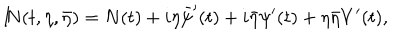
LaTeX: { I \! \! N } ( t , \eta , \bar { \eta } ) = N ( t ) + i \eta \bar { \psi } ^ { \prime } ( t ) + i \bar { \eta } \psi ^ { \prime } ( t ) + \eta \bar { \eta } V ^ { \prime } ( t ) ,